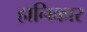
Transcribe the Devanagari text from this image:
हानिकार